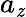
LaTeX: a_{\mathit{z}}